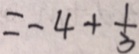
= - 4 + \frac { 1 } { 3 }